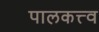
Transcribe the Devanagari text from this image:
पालकत्त्व